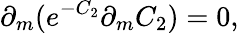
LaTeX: \partial_{m}(e^{-C_{2}}\partial_{m}C_{2})=0,